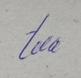
Signature authenticity: genuine